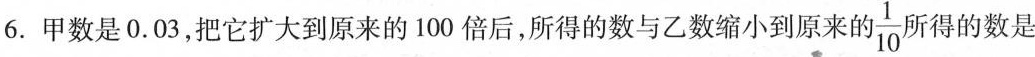
6. 甲数是0.03，把它扩大到原来的100倍后，所得的数与乙数缩小到原来的\frac{1}{10}所得的数是